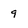
Character: 9